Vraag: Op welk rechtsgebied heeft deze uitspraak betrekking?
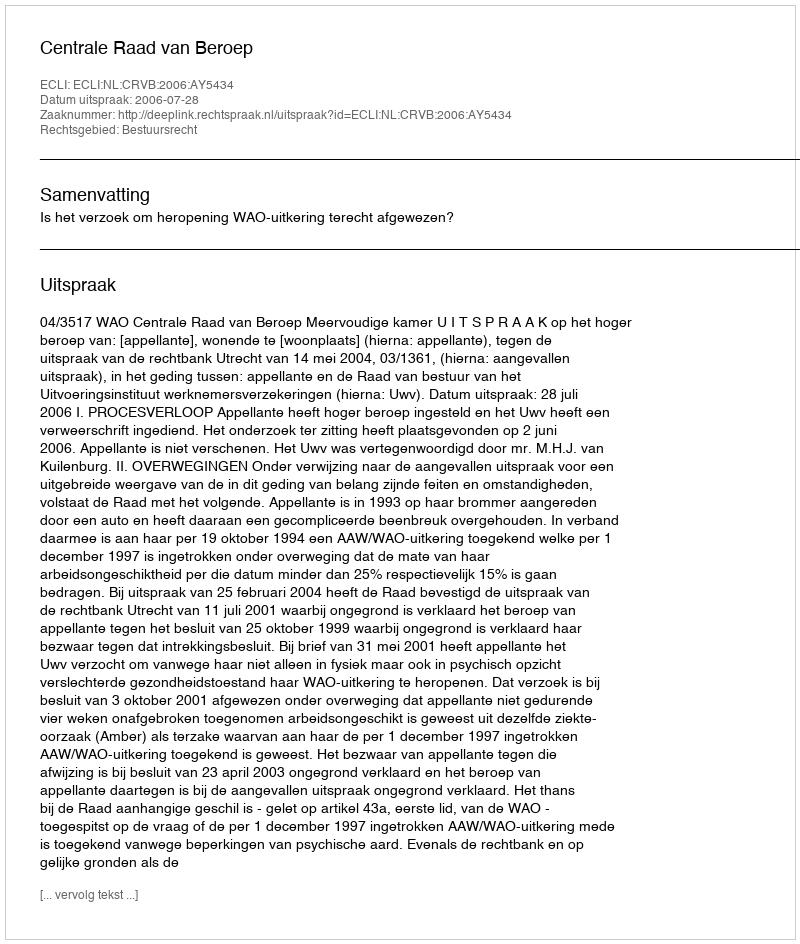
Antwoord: Bestuursrecht